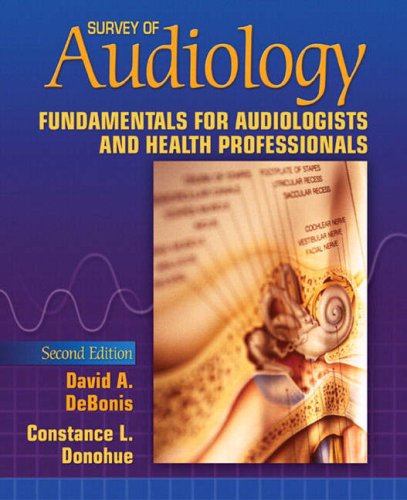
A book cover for Survey of Audiology: Fundamentals for Audiologists and Health Professionals (2nd Edition); David A. DeBonis; Medical Books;